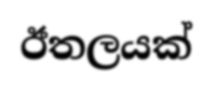
ඊතලයක්